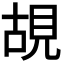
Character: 𮗎